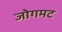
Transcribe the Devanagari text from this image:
जोगमट